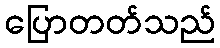
ပြောတတ်သည်